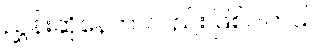
ညွှန်းဆိုနေတာလည်း ဖြစ်ပါတယ်။